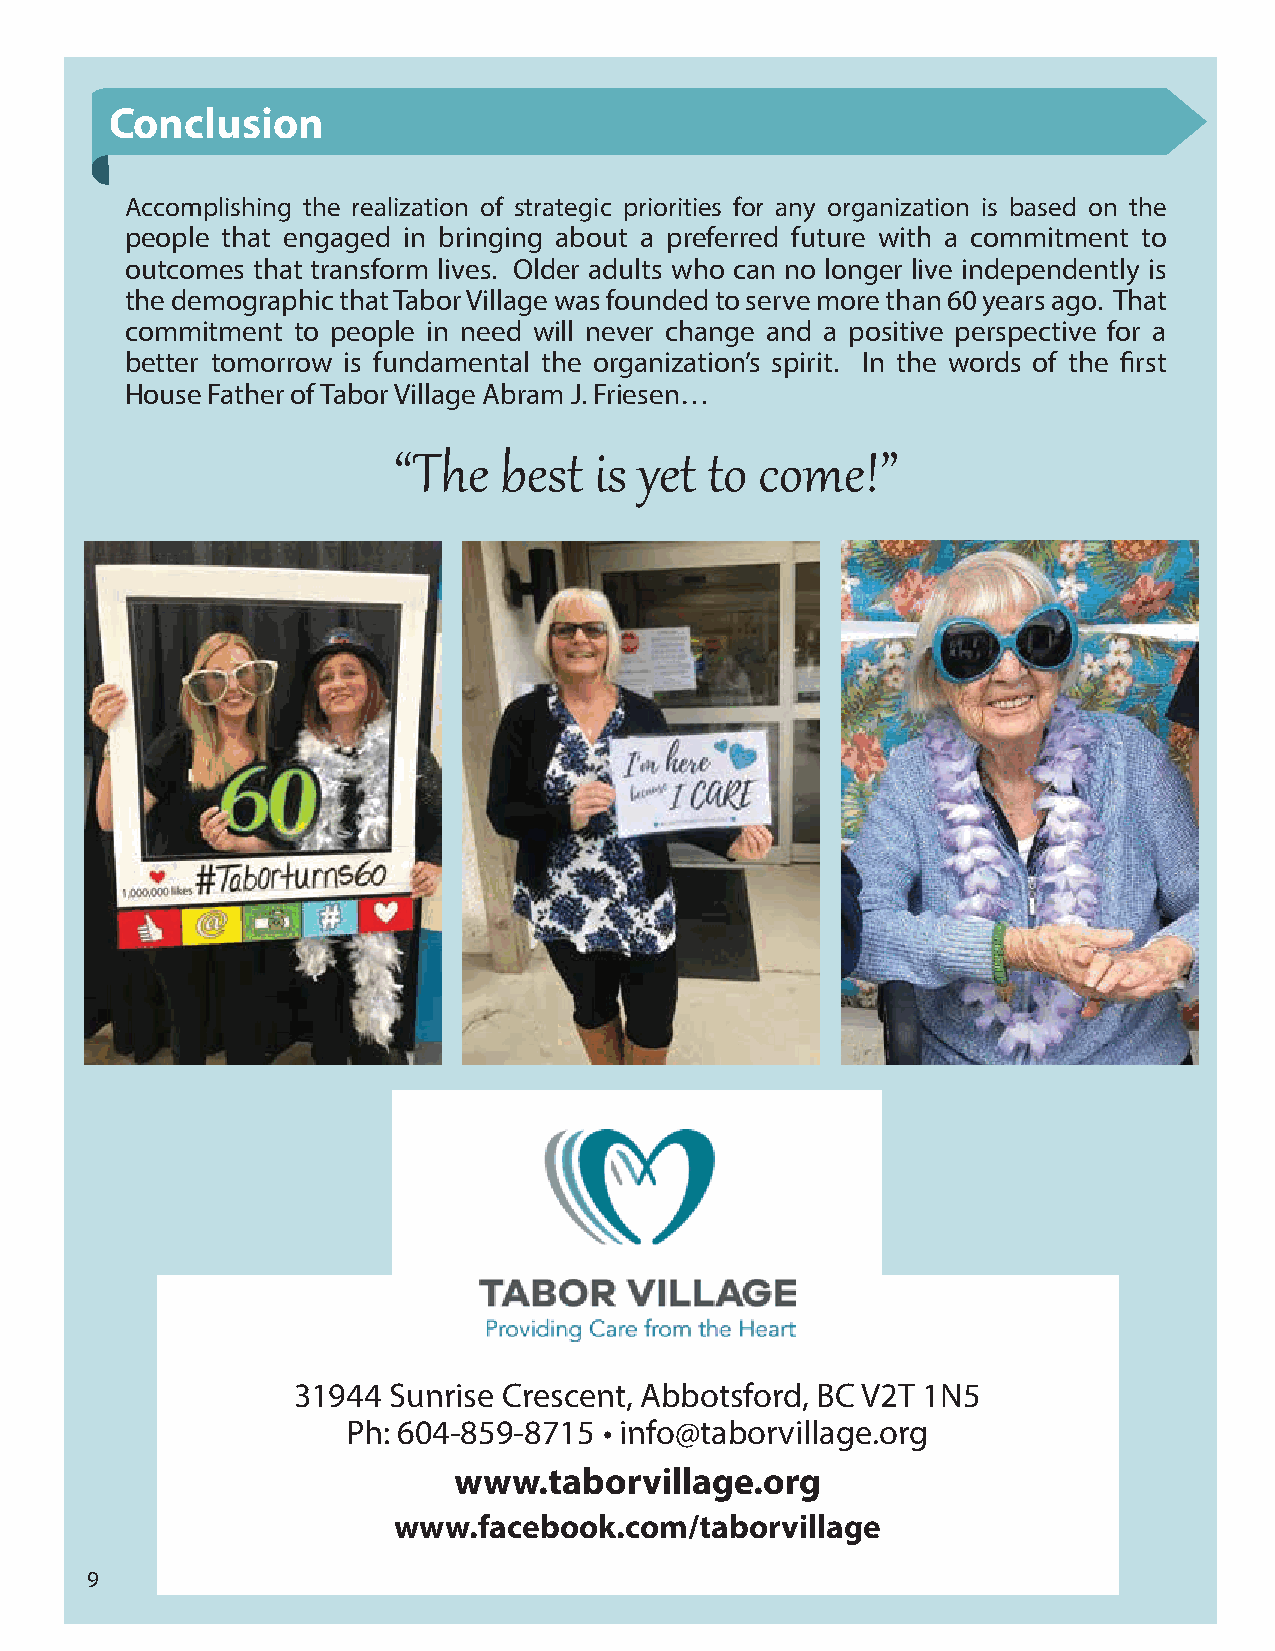
Conclusion
 Accomplishing the realization of strategic priorities for any organization is based on the
 people that engaged in bringing about a preferred future with a commitment to
 outcomes that transform lives. Older adults who can no longer live independently is
 the demographic that Tabor Village was founded to serve more than 60 years ago. That
 commitment to people in need will never change and a positive perspective for a
 better tomorrow is fundamental the organization’s spirit. In the words of the first
 House Father of Tabor Village Abram J. Friesen…
 “The   best  is yet  to come!”
 31944  Sunrise Crescent, Abbotsford, BC V2T 1N5
 Ph: 604-859-8715 • info@taborvillage.org
 www.taborvillage.org
 www.facebook.com/taborvillage
 9